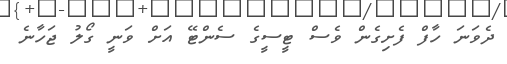
ދެވަނަ ހާފް ފެށިގެން ވެސް ޓީސީގެ ސެންޓޭ އަށް ވަނީ ގޯލު ޖަހާނެ